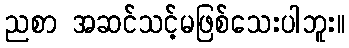
ညစာ အဆင်သင့်မဖြစ်သေးပါဘူး။